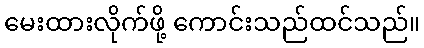
မေးထားလိုက်ဖို့ ကောင်းသည်ထင်သည်။